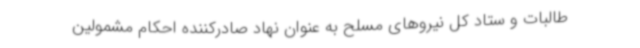
طالبات و ستاد کل نیروهای مسلح به عنوان نهاد صادرکننده احکام مشمولین